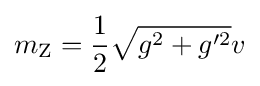
m_{\text{Z}}={\frac {1}{2}}{\sqrt {g^{2}+g'^{2}}}v